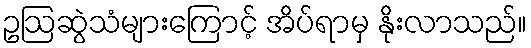
ဥဩဆွဲသံများကြောင့် အိပ်ရာမှ နိုးလာသည်။